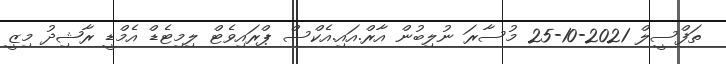
ތަފްސީލް 2021-10-25 މުސާރަ ނުލިބުން އާރް.އައި.އެކްސް ޕްރައިވެޓް ލިމިޓެޑް އެމްޑީ ރާޝިދު މިޒީ